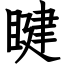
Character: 睷